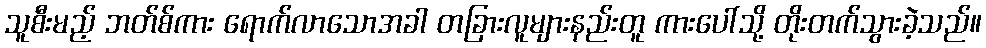
သူစီးမည့် ဘတ်စ်ကား ရောက်လာသောအခါ တခြားလူများနည်းတူ ကားပေါ်သို့ တိုးတက်သွားခဲ့သည်။